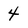
Character: 4